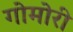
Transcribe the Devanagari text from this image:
गोमोरी